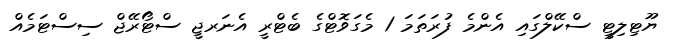
ޔޫޓިލިޓީ ސްކޭލްގައި އެންމެ ފުރަތަމަ 1 މެގަވޮޓްގެ ބެޓްރީ އެނަރޖީ ސްޓޯރޭޖް ސިސްޓަމެއް